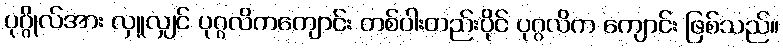
ပုဂ္ဂိုလ်အား လှူလျှင် ပုဂ္ဂလိကကျောင်း တစ်ပါးတည်းပိုင် ပုဂ္ဂလိက ကျောင်း ဖြစ်သည်။